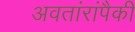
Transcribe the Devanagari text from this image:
अवतांरांपैकीं